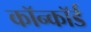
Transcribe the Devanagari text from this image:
कॉन्कॉर्ड